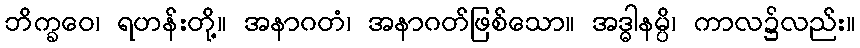
ဘိက္ခဝေ၊ ရဟန်းတို့။ အနာဂတံ၊ အနာဂတ်ဖြစ်သော။ အဒ္ဓါနမ္ပိ၊ ကာလ၌လည်း။